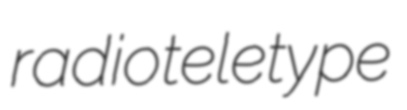
radioteletype